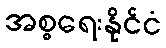
အစ္စရေးနိုင်ငံ